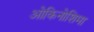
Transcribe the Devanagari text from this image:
ओकिनोशिमा